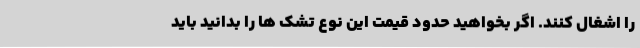
را اشغال کنند. اگر بخواهید حدود قیمت این نوع تشک ها را بدانید باید